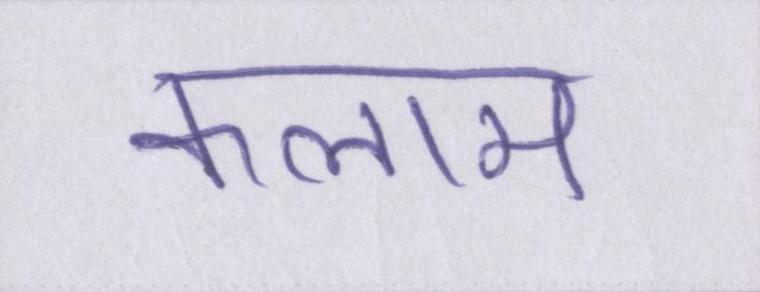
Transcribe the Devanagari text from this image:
कलाम